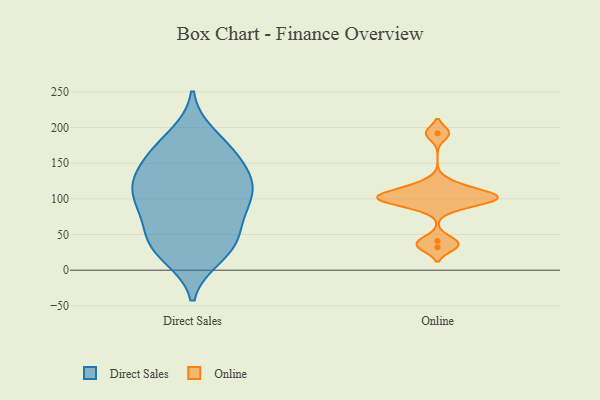
{"axis": {"x": "Gross Profit (USD K)", "y": "Value"}, "legend": ["Direct Sales", "Online"], "data": [{"x": "", "y": 162, "type": "Direct Sales"}, {"x": "", "y": 171, "type": "Direct Sales"}, {"x": "", "y": 188, "type": "Direct Sales"}, {"x": "", "y": 113, "type": "Direct Sales"}, {"x": "", "y": 20, "type": "Direct Sales"}, {"x": "", "y": 79, "type": "Direct Sales"}, {"x": "", "y": 132, "type": "Direct Sales"}, {"x": "", "y": 32, "type": "Direct Sales"}, {"x": "", "y": 86, "type": "Direct Sales"}, {"x": "", "y": 121, "type": "Direct Sales"}, {"x": "", "y": 81, "type": "Direct Sales"}, {"x": "", "y": 108, "type": "Direct Sales"}, {"x": "", "y": 39, "type": "Direct Sales"}, {"x": "", "y": 134, "type": "Direct Sales"}, {"x": "", "y": 113, "type": "Direct Sales"}, {"x": "", "y": 47, "type": "Direct Sales"}, {"x": "", "y": 163, "type": "Direct Sales"}, {"x": "", "y": 32, "type": "Direct Sales"}, {"x": "", "y": 89, "type": "Online"}, {"x": "", "y": 192, "type": "Online"}, {"x": "", "y": 121, "type": "Online"}, {"x": "", "y": 99, "type": "Online"}, {"x": "", "y": 103, "type": "Online"}, {"x": "", "y": 105, "type": "Online"}, {"x": "", "y": 109, "type": "Online"}, {"x": "", "y": 41, "type": "Online"}, {"x": "", "y": 32, "type": "Online"}, {"x": "", "y": 98, "type": "Online"}]}